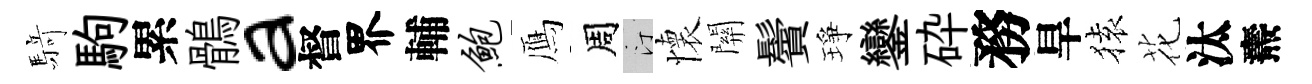
𮪍駒累鶻a督界輔鲍鴈周汀懷關鬢琤鑾砕務旱𫞤花汰燾